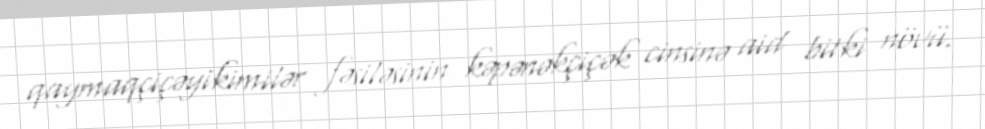
qaymaqçiçəyikimilər fəsiləsinin kəpənəkçiçək cinsinə aid bitki növü.